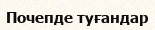
Почепде туғандар